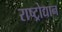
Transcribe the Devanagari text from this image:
राष्ट्रोद्यान